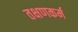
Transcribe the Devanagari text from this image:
तक्षणकर्म